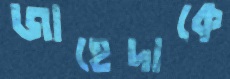
জাহেদাকে